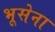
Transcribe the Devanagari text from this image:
भूसेना